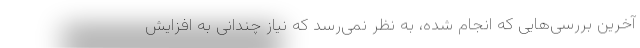
آخرین بررسی‌هایی که انجام شده، به نظر نمی‌رسد که نیاز چندانی به افزایش